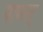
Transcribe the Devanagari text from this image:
पाथ्स्‌